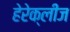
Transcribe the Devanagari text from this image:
हेरेक्लीज